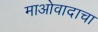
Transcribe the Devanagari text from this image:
माओवादाचा